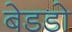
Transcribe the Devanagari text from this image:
बेडडो